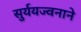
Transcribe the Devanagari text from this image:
सुर्ययज्वनाने